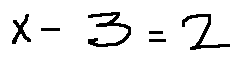
x - 3 = 2